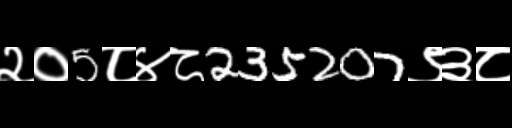
Text: २०5८४८235207९३८